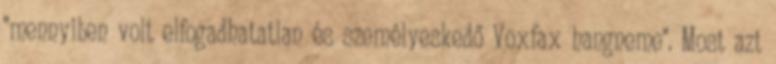
"mennyiben volt elfogadhatatlan és személyeskedő Voxfax hangneme". Most azt